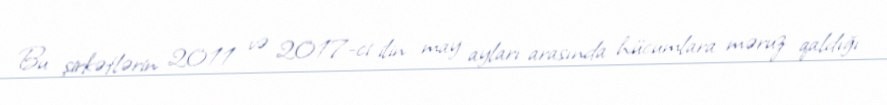
Bu şirkətlərin 2011 və 2017-ci ilin may ayları arasında hücumlara məruz qaldığı